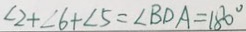
\angle 2 + \angle 6 + \angle 5 = \angle B D A = 1 8 0 ^ { \circ }